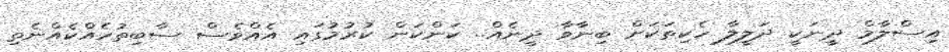
އިސްލާމް ދީނަކީ ދަލީލާ ހެކިތަކަށް ބިނާވާ ދީނެއް.. ކަންކަން ކުރުމުގައި އެއްވެސް ސާބިތުހެއްކެއްނެތި